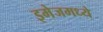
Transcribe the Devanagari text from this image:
इमेजमध्ये